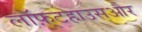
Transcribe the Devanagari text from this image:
लॉफ़्टहाउसऔर